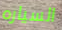
السياره